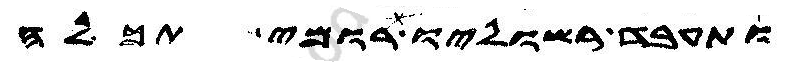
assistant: ותעבד רשוליו רומי תכלה